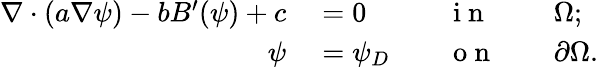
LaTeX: \begin{array}{rlrlrl}{\nabla\cdot(a\nabla\psi)-bB^{\prime}(\psi)+c}&{{}=0}&{}&{{}\mathrm{~i~n~}}&{}&{{}\Omega;}\\ {\psi}&{{}=\psi_{D}}&{}&{{}\mathrm{~o~n~}}&{}&{{}\partial\Omega.}\end{array}